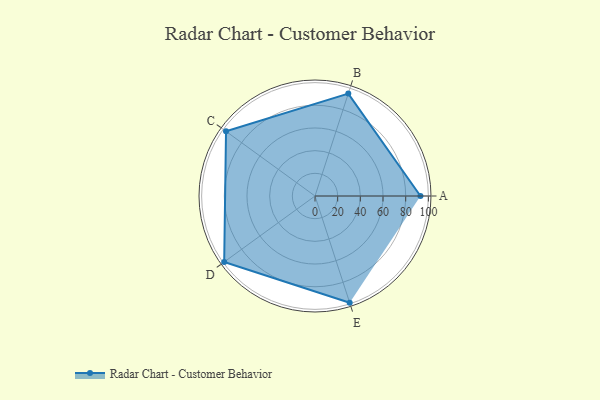
{"axis": {"x": "Skill", "y": "Score"}, "legend": ["Profile"], "data": [{"x": "A", "y": 93.0, "type": "Profile"}, {"x": "B", "y": 95.0, "type": "Profile"}, {"x": "C", "y": 97.0, "type": "Profile"}, {"x": "D", "y": 99, "type": "Profile"}, {"x": "E", "y": 99, "type": "Profile"}]}